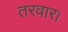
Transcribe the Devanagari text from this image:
तरवार।